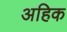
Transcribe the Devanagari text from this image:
अहिक